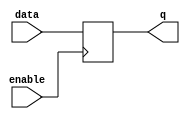
module transparent_latch (
    input data,
    input enable,
    output reg q
);

always @(posedge enable) begin
    if(enable) begin
        q <= data;
    end
end

endmodule